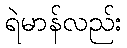
ရဲမာန်လည်း